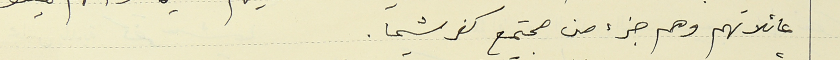
عائلاتهم وهم جزء من مجتمع كفرشيما.